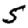
Digit: 5